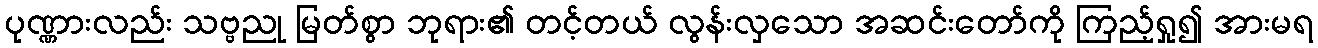
ပုဏ္ဏားလည်း သဗ္ဗညု မြတ်စွာ ဘုရား၏ တင့်တယ် လွန်းလှသော အဆင်းတော်ကို ကြည့်ရှု၍ အားမရ